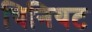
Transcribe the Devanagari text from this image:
चिनियट